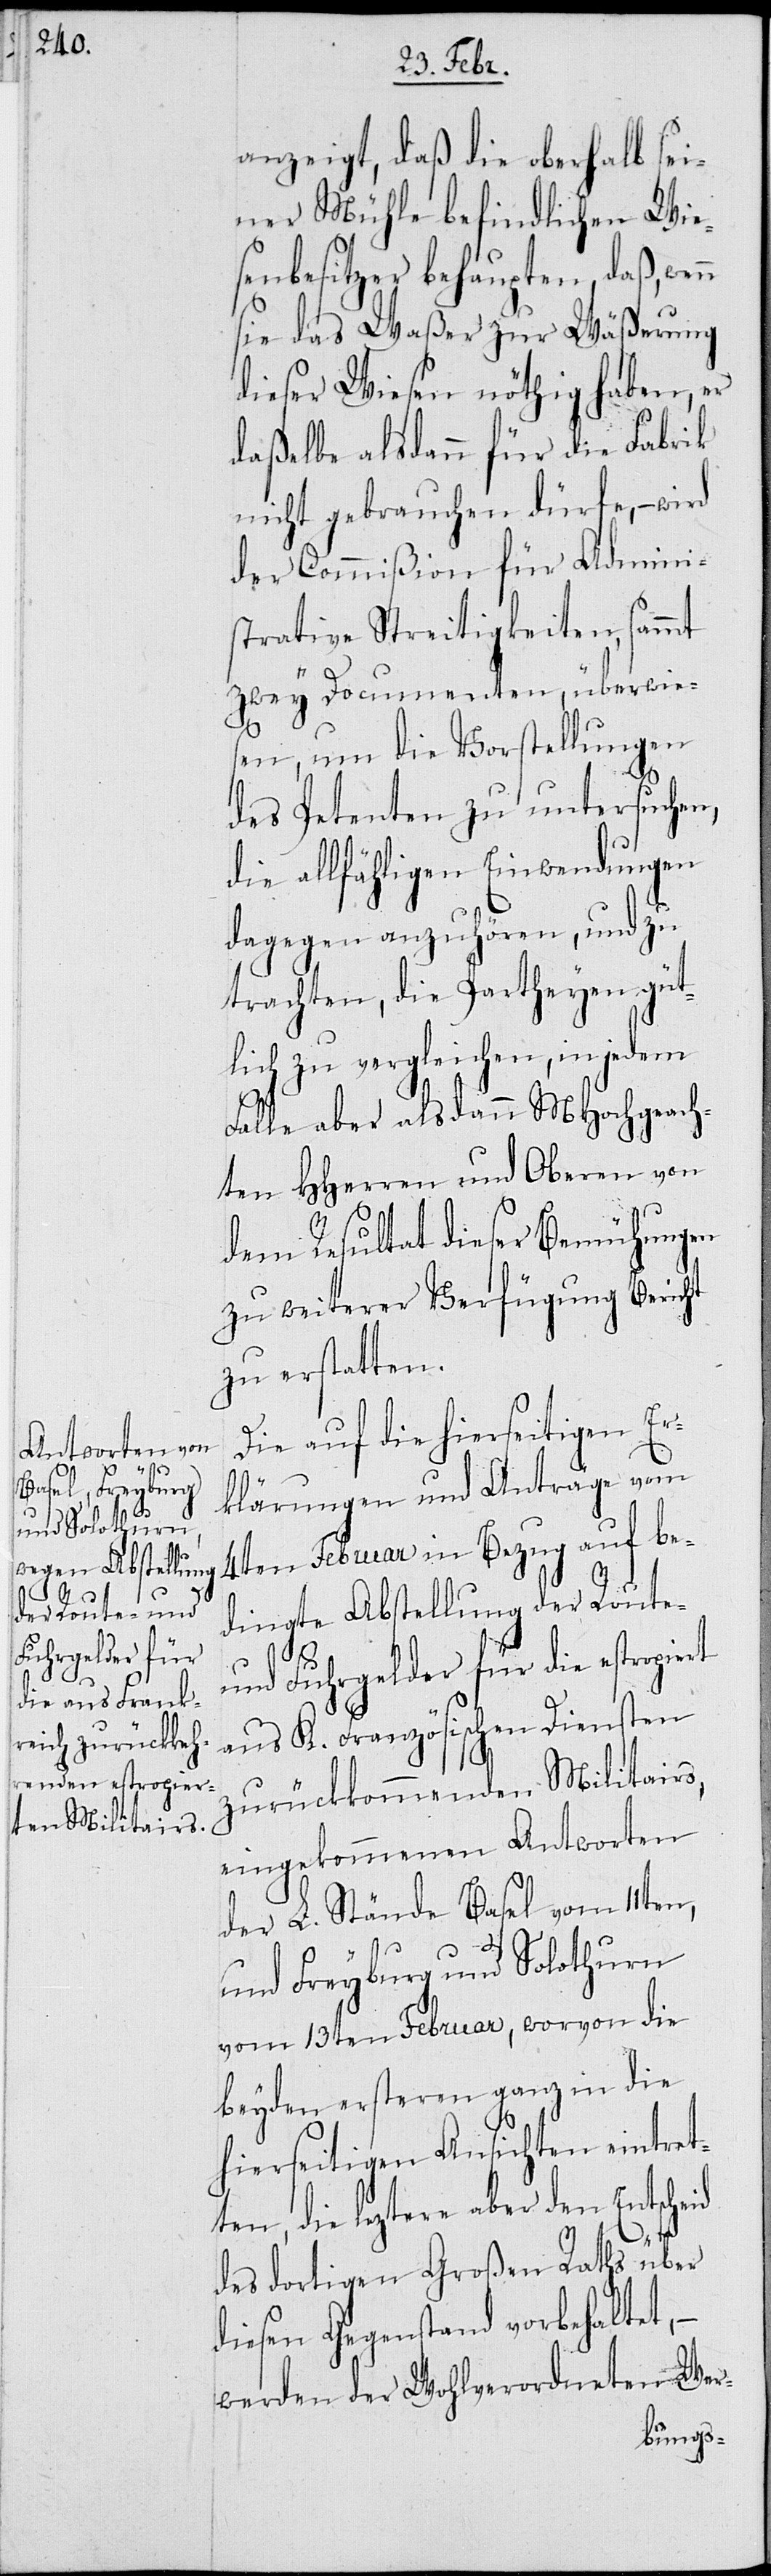
ten,

anzeigt, daß die oberhalb sei¬
ner Mühle befindlichen Wie¬
senbesitzer behaupten, daß, wen¬
sie das Waßer zur Wäßerung
dieser Wiesen nöthig haben, er
daßelbe alsdann für die Fabrik
nicht gebrauchen dürfe, – wird
der Commißion für Admini¬
strative Streitigkeiten, sammt
zwey Documenten, überwies¬
rt
en, um die Vorstellungen
des Petenten zu untersuchen,
die allfälligen Einwendungen
dagegen anzuhören, und zu
trachten, die Partheyen güt¬
lich zu vergleichen, in jedem
Falle aber alsdann MHochgeach¬
ten HHerren und Oberen von
dem Resultat dieser Bemühungen
zu weiterer Verfügung Bericht
zu erstatten.
Die auf die hierseitigen Er¬
klärungen und Anträge vom
4ten Februar in Bezug auf be¬
dingte Abstellung der Route-
und Fuhrgelder für die estropie¬
aus K. Französischen Diensten
zurückkommenden Militairs,
eingekommenen Antworten
der L. Stände Basel vom 11ten,
und Freyburg und Solothurn
vom 13ten Februar, wovon die
beyden ersteren ganz in die
hierseitigen Ansichten eintret¬
die lezteren aber den Entscheid
des dortigen Großen Raths über
diesen Gegenstand vorbehaltet,
werden der Wohlverordneten Wer-